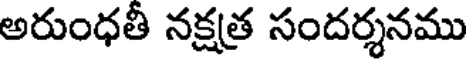
అరుంధతీ నక్షత్ర సందర్శనము